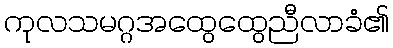
ကုလသမဂ္ဂအထွေထွေညီလာခံ၏